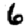
Digit: 6